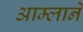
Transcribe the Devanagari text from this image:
आम्लाने